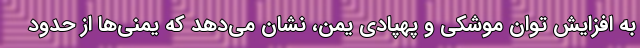
به افزایش توان موشکی و پهپادی یمن، نشان می‌دهد که یمنی‌ها از حدود